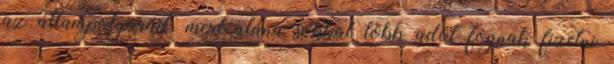
az állampolgárait, mert utána sokkal több adót fognak fizetni